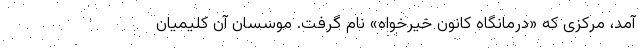
آمد، مرکزی که «درمانگاه کانون خیرخواه» نام گرفت. موسسان آن کلیمیانِ